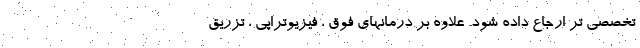
تخصصی تر ارجاع داده شود. علاوه بر درمانهای فوق ، فیزیوتراپی ، تزریق